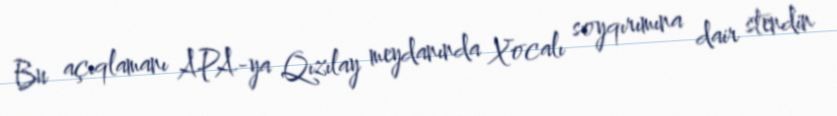
Bu açıqlamanı APA-ya Qızılay meydanında Xocalı soyqırımına dair stendin